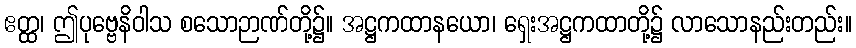
ဧတ္ထ၊ ဤပုဗ္ဗေနိဝါသ စသောဉာဏ်တို့၌။ အဋ္ဌကထာနယော၊ ရှေးအဋ္ဌကထာတို့၌ လာသောနည်းတည်း။